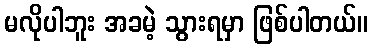
မလိုပါဘူး အခမဲ့ သွားရမှာ ဖြစ်ပါတယ်။